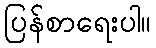
ပြန်စာရေးပါ။